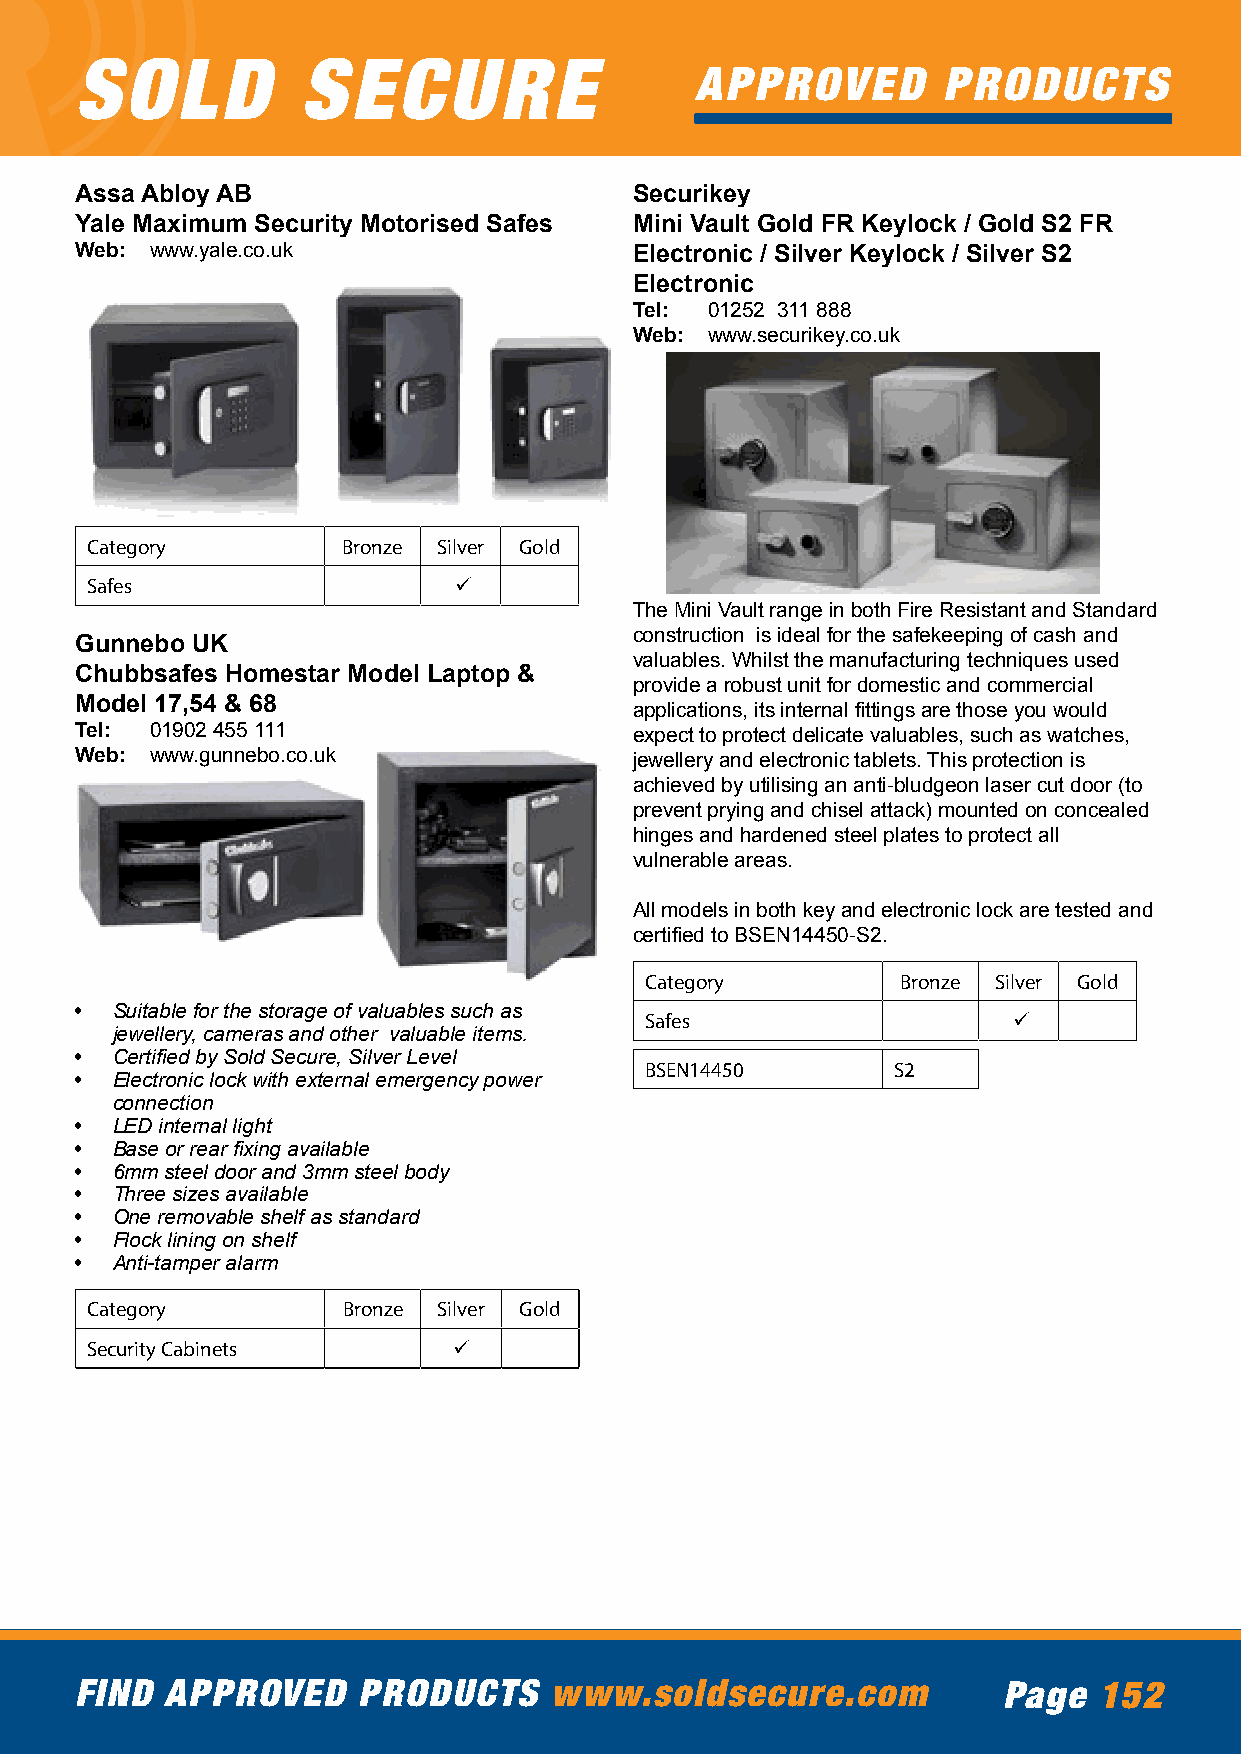
SOLD           SECURE
 APPROVED        PRODUCTS
 Assa Abloy AB                        Securikey
 Yale Maximum Security Motorised Safes Mini Vault Gold FR Keylock / Gold S2 FR
 Web: www.yale.co.uk                  Electronic / Silver Keylock / Silver S2
 Electronic
 Tel: 01252 311 888
 Web: www.securikey.co.uk
 Category         Bronze Silver Gold
 Safes                   ü
 The Mini Vault range in both Fire Resistant and Standard
 construction is ideal for the safekeeping of cash and
 Gunnebo UK
 valuables. Whilst the manufacturing techniques used
 Chubbsafes Homestar Model Laptop &
 provide a robust unit for domestic and commercial
 Model 17,54 & 68
 applications, its internal fittings are those you would
 Tel: 01902 455 111                   expect to protect delicate valuables, such as watches,
 Web: www.gunnebo.co.uk               jewellery and electronic tablets. This protection is
 achieved by utilising an anti-bludgeon laser cut door (to
 prevent prying and chisel attack) mounted on concealed
 hinges and hardened steel plates to protect all
 vulnerable areas.
 All models in both key and electronic lock are tested and
 certified to BSEN14450-S2.
 Category         Bronze Silver Gold
 • Suitable for the storage of valuables such as
 Safes                   ü
 jewellery, cameras and other valuable items.
 • Certified by Sold Secure, Silver Level
 BSEN14450       S2
 • Electronic lock with external emergency power
 connection
 • LED internal light
 • Base or rear fixing available
 • 6mm steel door and 3mm steel body
 • Three sizes available
 • One removable shelf as standard
 • Flock lining on shelf
 • Anti-tamper alarm
 Category         Bronze Silver Gold
 Security Cabinets       ü
 FIND  APPROVED     PRODUCTS    www.soldsecure.com            Page   152